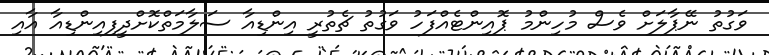
ވަގުތު ނޭޕާލަށް ވެސް މުހިންމު ޕޮއިންޓެއްފަހު ވަގުތު ޗެތުރީ އިންޑިއާ ސަލާމަތްކޮށްދީފިއިންޑިއާ އާއި